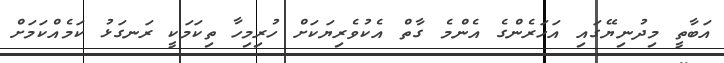
އަބާތީ މިދުނިޔޭގައި އަހަރެންގެ އެންމެ ގާތް އެކުވެރިޔަކަށް ހުރިމިހާ ތިކަމަކީ ރަނގަޅު ކަމެއްކަމަށް